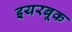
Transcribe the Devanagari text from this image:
इयरबूक